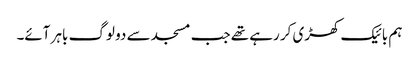
ہم بائیک کھڑی کر رہے تھے جب مسجد سے دو لوگ باہر آئے۔